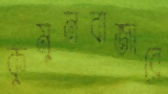
কুমুনবাজারে